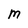
Character: M